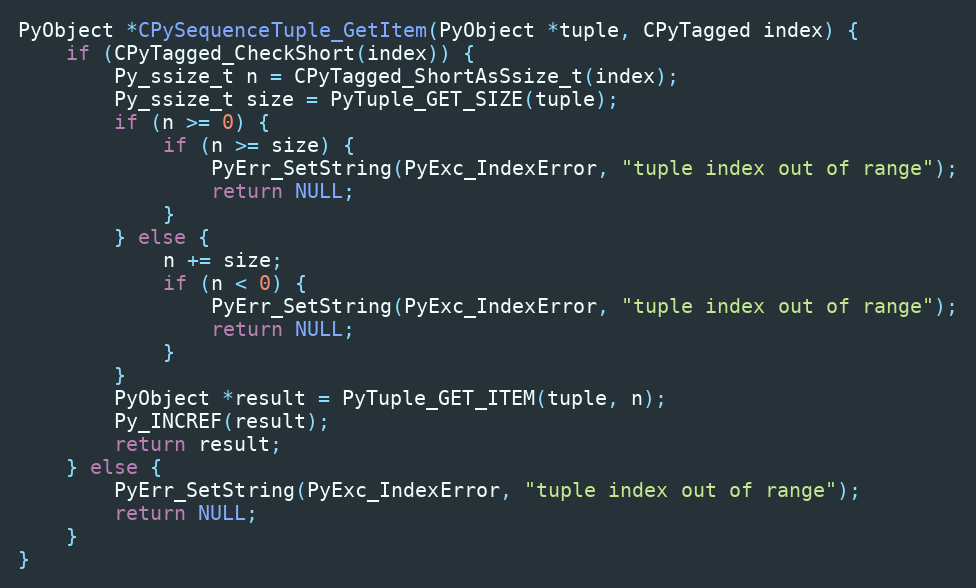
Language: C
PyObject *CPySequenceTuple_GetItem(PyObject *tuple, CPyTagged index) {
    if (CPyTagged_CheckShort(index)) {
        Py_ssize_t n = CPyTagged_ShortAsSsize_t(index);
        Py_ssize_t size = PyTuple_GET_SIZE(tuple);
        if (n >= 0) {
            if (n >= size) {
                PyErr_SetString(PyExc_IndexError, "tuple index out of range");
                return NULL;
            }
        } else {
            n += size;
            if (n < 0) {
                PyErr_SetString(PyExc_IndexError, "tuple index out of range");
                return NULL;
            }
        }
        PyObject *result = PyTuple_GET_ITEM(tuple, n);
        Py_INCREF(result);
        return result;
    } else {
        PyErr_SetString(PyExc_IndexError, "tuple index out of range");
        return NULL;
    }
}